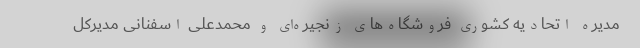
مدیره اتحادیه کشوری فروشگاه‌های زنجیره‌ای و محمدعلی اسفنانی مدیرکل